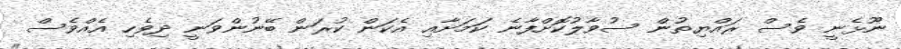
ނޫޅެނީ ވެސް ރައްޔިތުން ސުވާލުކޮށްފާނެ ކަމަށާއި އެކަން ކުރަން ބޭނުންވަނީ ދިވެހި އެއްވެސް